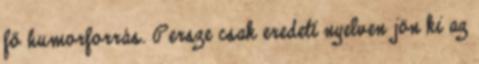
fő humorforrás. Persze csak eredeti nyelven jön ki az